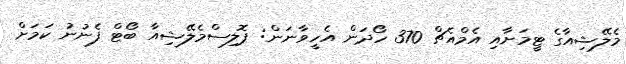
މެލޭޝިއާގެ ޓީމަށާއި އެމްއެޗް 370 ހޯދަން އެހީވާނަން: ޕޮލިސްމެލޭޝިއާ ބޯޓް ފެނުނު ކަމަށް